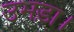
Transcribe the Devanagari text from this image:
उभड़ा।